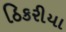
ઠિકરીયા